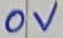
Text: 0V